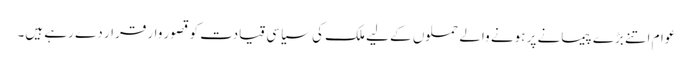
عوام اتنے بڑے پیمانے پر ہونے والے حملوں کے لیے ملک کی سیاسی قیادت کو قصور وار قرار دے رہے ہیں۔